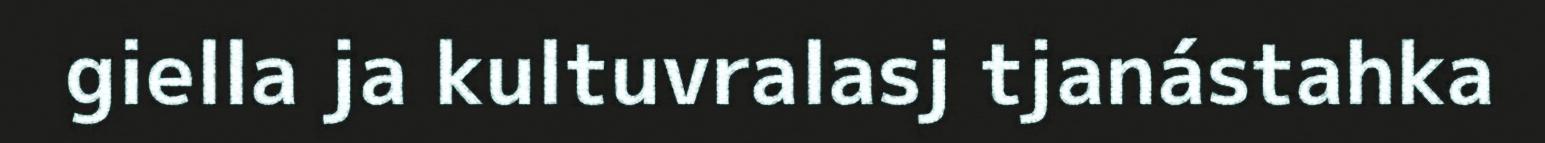
giella ja kultuvralasj tjanástahka